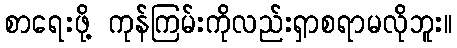
စာရေးဖို့ ကုန်ကြမ်းကိုလည်းရှာစရာမလိုဘူး။